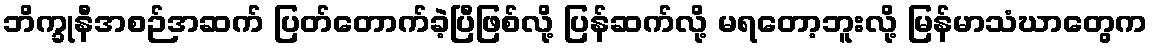
ဘိက္ခုနီအစဉ်အဆက် ပြတ်တောက်ခဲ့ပြီဖြစ်လို့ ပြန်ဆက်လို့ မရတော့ဘူးလို့ မြန်မာသံဃာတွေက